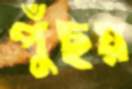
পুঁছয়